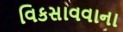
વિકસાવવાના